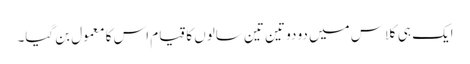
ایک ہی کلاس میں دو دو تین تین سالوں کا قیام اس کا معمول بن گیا۔